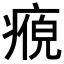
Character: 𭼘